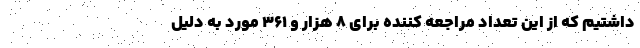
داشتیم که از این تعداد مراجعه کننده برای ۸ هزار و ۳۶۱ مورد به دلیل